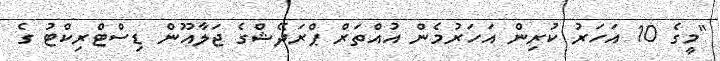
"މީގެ 10 އަހަރު ކުރިން އަހަރުމެން އުއްތަރް ޕްރަދޭޝްގެ ޖަލާއޫން ޑިސްޓްރިކްޓު ގެ